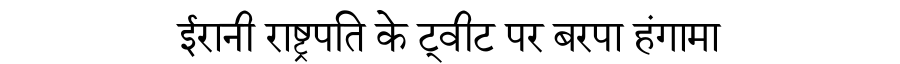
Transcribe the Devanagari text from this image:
ईरानी राष्ट्रपति के ट्वीट पर बरपा हंगामा